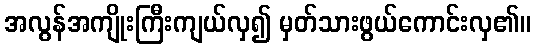
အလွန်အကျိုးကြီးကျယ်လှ၍ မှတ်သားဖွယ်ကောင်းလှ၏။